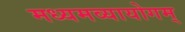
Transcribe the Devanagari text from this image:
मध्यमव्यायोगम्